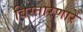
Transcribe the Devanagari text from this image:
विस्तारणारे